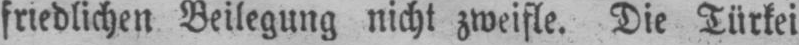
friedlichen Beilegung nicht zweifle. Die Türkei